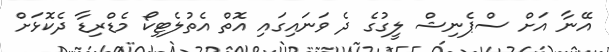
އޭނާ އަށް ސްޕެނިޝް ލީގުގެ ދެ ވަނައިގައި އޮތް އެތުލެޓިކޯ މެޑްރިޑާ ދެކޮޅަށް